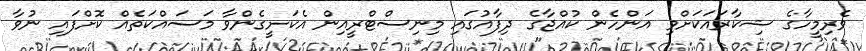
ވެރިމީހާގެ ޝިކާރައަކަށްވި އަންހެން ކުއްޖާގެ ދިފާއުގައި މިނިސްޓްރީއިން އެކަށީގެންވާ މަސައްކަތެއް ކޮށްފައި ނުވާ